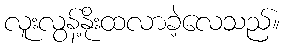
လူးလွန့်နိုးထလာခဲ့လေသည်။